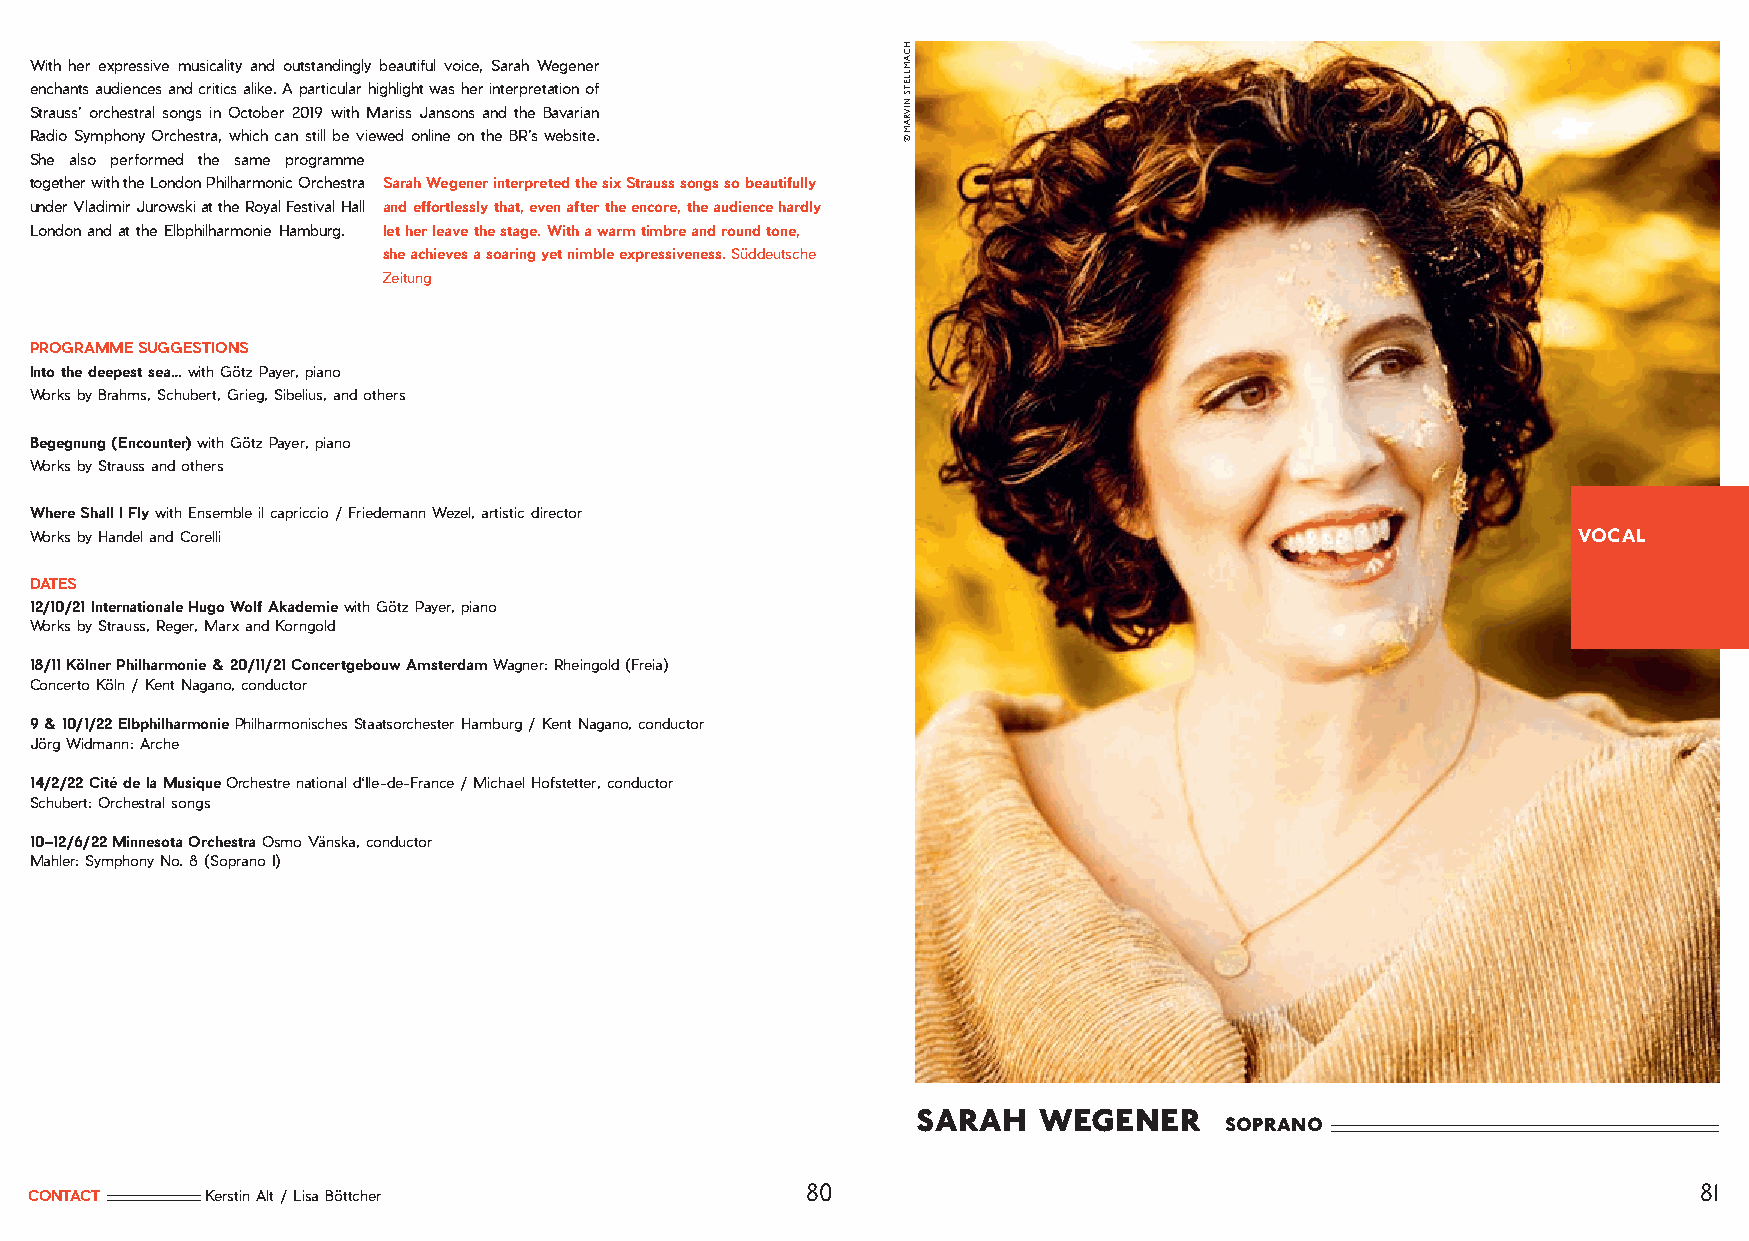
With her expressive musicality and outstandingly beautiful voice, Sarah Wegener
 enchants audiences and critics alike. A particular highlight was her interpretation of
 Strauss’ orchestral songs in October 2019 with Mariss Jansons and the Bavarian
 Radio Symphony Orchestra, which can still be viewed online on the BR’s website.
 She also performed the same programme
 together with the London Philharmonic Orchestra Sarah Wegener interpreted the six Strauss songs so beautifully
 under Vladimir Jurowski at the Royal Festival Hall and effortlessly that, even after the encore, the audience hardly
 London and at the Elbphilharmonie Hamburg. let her leave the stage. With a warm timbre and round tone,
 she achieves a soaring yet nimble expressiveness. Süddeutsche
 Zeitung
 PROGRAMME SUGGESTIONS
 Into the deepest sea… with Götz Payer, piano
 Works by Brahms, Schubert, Grieg, Sibelius, and others
 Begegnung (Encounter) with Götz Payer, piano
 Works by Strauss and others
 Where Shall I Fly with Ensemble il capriccio / Friedemann Wezel, artistic director
 Works by Handel and Corelli                                                                           VOCAL
 DATES
 12/10/21 Internationale Hugo Wolf Akademie with Götz Payer, piano
 Works by Strauss, Reger, Marx and Korngold
 18/11 Kölner Philharmonie & 20/11/21 Concertgebouw Amsterdam Wagner: Rheingold (Freia)
 Concerto Köln / Kent Nagano, conductor
 9 & 10/1/22 Elbphilharmonie Philharmonisches Staatsorchester Hamburg / Kent Nagano, conductor
 Jörg Widmann: Arche
 14/2/22 Cité de la Musique Orchestre national d‘Ile-de-France / Michael Hofstetter, conductor
 Schubert: Orchestral songs
 10–12/6/22 Minnesota Orchestra Osmo Vänska, conductor
 Mahler: Symphony No. 8 (Soprano I)
 sarah   wegener
 soprano
 80                                                          81
 CONTACT     Kerstin Alt / Lisa Böttcher
 HCAMLLETS
 NIVRAM
 ©